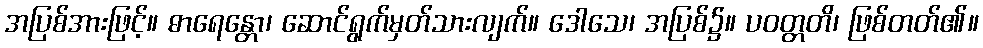
အပြစ်အားဖြင့်။ ဓာရေန္တော၊ ဆောင်ရွက်မှတ်သားလျက်။ ဒေါသေ၊ အပြစ်၌။ ပဝတ္တတိ၊ ဖြစ်တတ်၏။